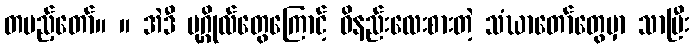
တပည့်တော်။ ။ အဲဒီ ပုဂ္ဂိုလ်တွေကြောင့် ဝိနည်းလေးစားတဲ့ သံဃာတော်တွေမှာ သာပြီး